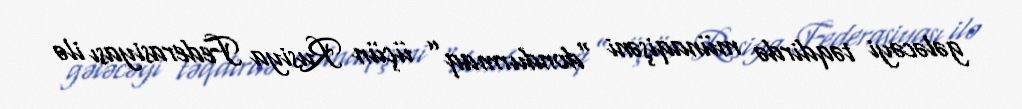
gələcəyi təqdirdə münaqişəni “dondurmaq” üçün Rusiya Federasiyası ilə